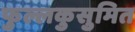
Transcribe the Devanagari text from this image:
फुल्लकुसुमित